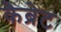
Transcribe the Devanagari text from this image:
कैब्रेट